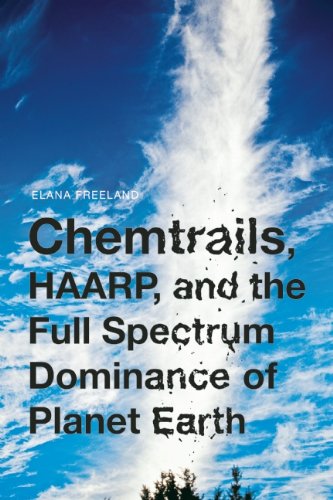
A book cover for Chemtrails, HAARP, and the Full Spectrum Dominance of Planet Earth; Elana Freeland; Science & Math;